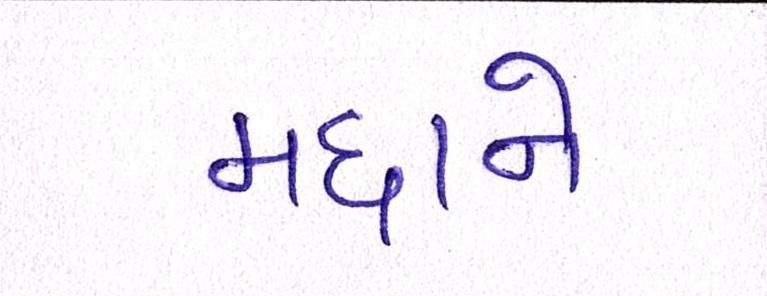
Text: મદ્દાને